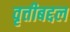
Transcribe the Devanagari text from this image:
वृत्तीबद्दल